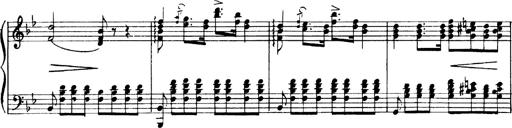
Title: Andante Finale und Marsch aus der Oper KÃ¶nig Alfred
Composer: Franz Liszt